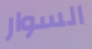
السوار